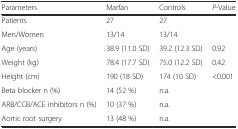
| Parameters | Marfan | Controls | P-Value |
 | --- | --- | --- | --- |
 | Patients | 27 | 27 |  |
 | Men/Women | 13/14 | 13/14 |  |
 | Age (years) | 38.9 (11.0 SD) | 39.2 (12.3 SD) | 0.92 |
 | Weight (kg) | 78.4 (17.7 SD) | 75.0 (12.2 SD) | 0.42 |
 | Height (cm) | 190 (18 SD) | 174 (10 SD) | <0.001 |
 | Beta blocker n (%) | 14 (52 %) | n.a. |  |
 | ARB/CCB/ACE inhibitors n (%) | 10 (37 %) | n.a. |  |
 | Aortic root surgery | 13 (48 %) | n.a. |  |